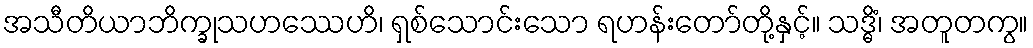
အသီတိယာဘိက္ခုသဟဿေဟိ၊ ရှစ်သောင်းသော ရဟန်းတော်တို့နှင့်။ သဒ္ဓိံ၊ အတူတကွ။